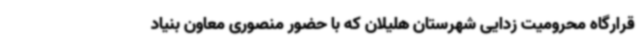
قرارگاه محرومیت زدایی شهرستان هلیلان که با حضور منصوری معاون بنیاد